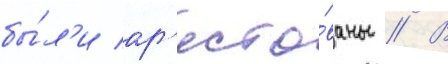
бы́л'и ар'есто́ваны // В